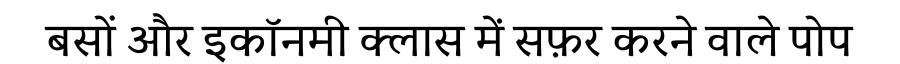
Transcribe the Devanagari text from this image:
बसों और इकॉनमी क्लास में सफ़र करने वाले पोप